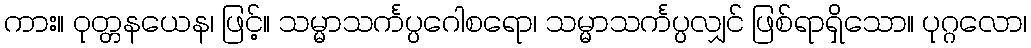
ကား။ ဝုတ္တနယေန၊ ဖြင့်။ သမ္မာသင်္ကပ္ပဂေါစရော၊ သမ္မာသင်္ကပ္ပလျှင် ဖြစ်ရာရှိသော။ ပုဂ္ဂလော၊